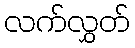
လက်လွှတ်